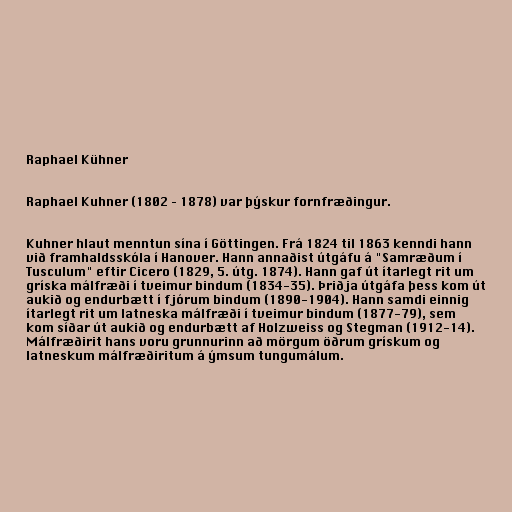
Raphael Kühner

Raphael Kuhner (1802 – 1878) var þýskur fornfræðingur.

Kuhner hlaut menntun sína í Göttingen. Frá 1824 til 1863 kenndi hann
við framhaldsskóla í Hanover. Hann annaðist útgáfu á "Samræðum í
Tusculum" eftir Cicero (1829, 5. útg. 1874). Hann gaf út ítarlegt rit um
gríska málfræði í tveimur bindum (1834-35). Þriðja útgáfa þess kom út
aukið og endurbætt í fjórum bindum (1890-1904). Hann samdi einnig
ítarlegt rit um latneska málfræði í tveimur bindum (1877-79), sem
kom síðar út aukið og endurbætt af Holzweiss og Stegman (1912-14).
Málfræðirit hans voru grunnurinn að mörgum öðrum grískum og
latneskum málfræðiritum á ýmsum tungumálum.